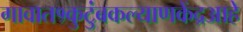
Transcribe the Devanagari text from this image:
गावात१कुटुंबकल्याणकेंद्रआहे